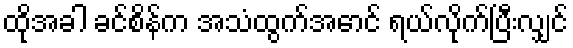
ထိုအခါ ခင်စိန်က အသံထွက်အောင် ရယ်လိုက်ပြီးလျှင်